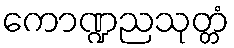
ကောဏ္ဍညသုတ္တံ